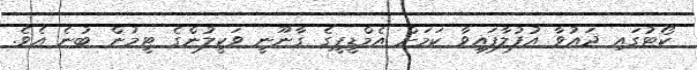
ކޯޓުގައި ދައުވާ އުފުލާފައިވާ ކަމަށް އެމްޑީޕީގެ ގާނޫނީ ވަކީލުންގެ ޓީމުން ބުނެ އެވެ.